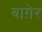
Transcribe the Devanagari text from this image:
बाग़ेर